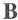
B